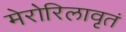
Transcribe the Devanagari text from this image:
मेरोरिलावृतं